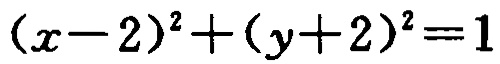
\((x - 2)^2 + (y + 2)^2 = 1\)